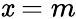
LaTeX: \mathit{x}=m